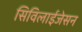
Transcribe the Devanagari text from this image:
सिविलाईजेसन